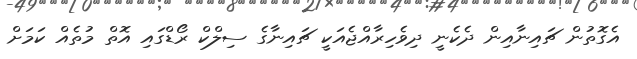
އެގޮތުން ޗައިނާއިން ދެކެނީ ދިވެހިރާއްޖެއަކީ ޗައިނާގެ ސިލްކް ރޯޑްގައި އޮތް މުތެއް ކަމަށް